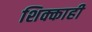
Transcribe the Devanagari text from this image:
शिक्काही